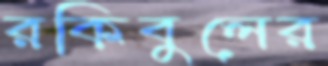
রকিবুলের